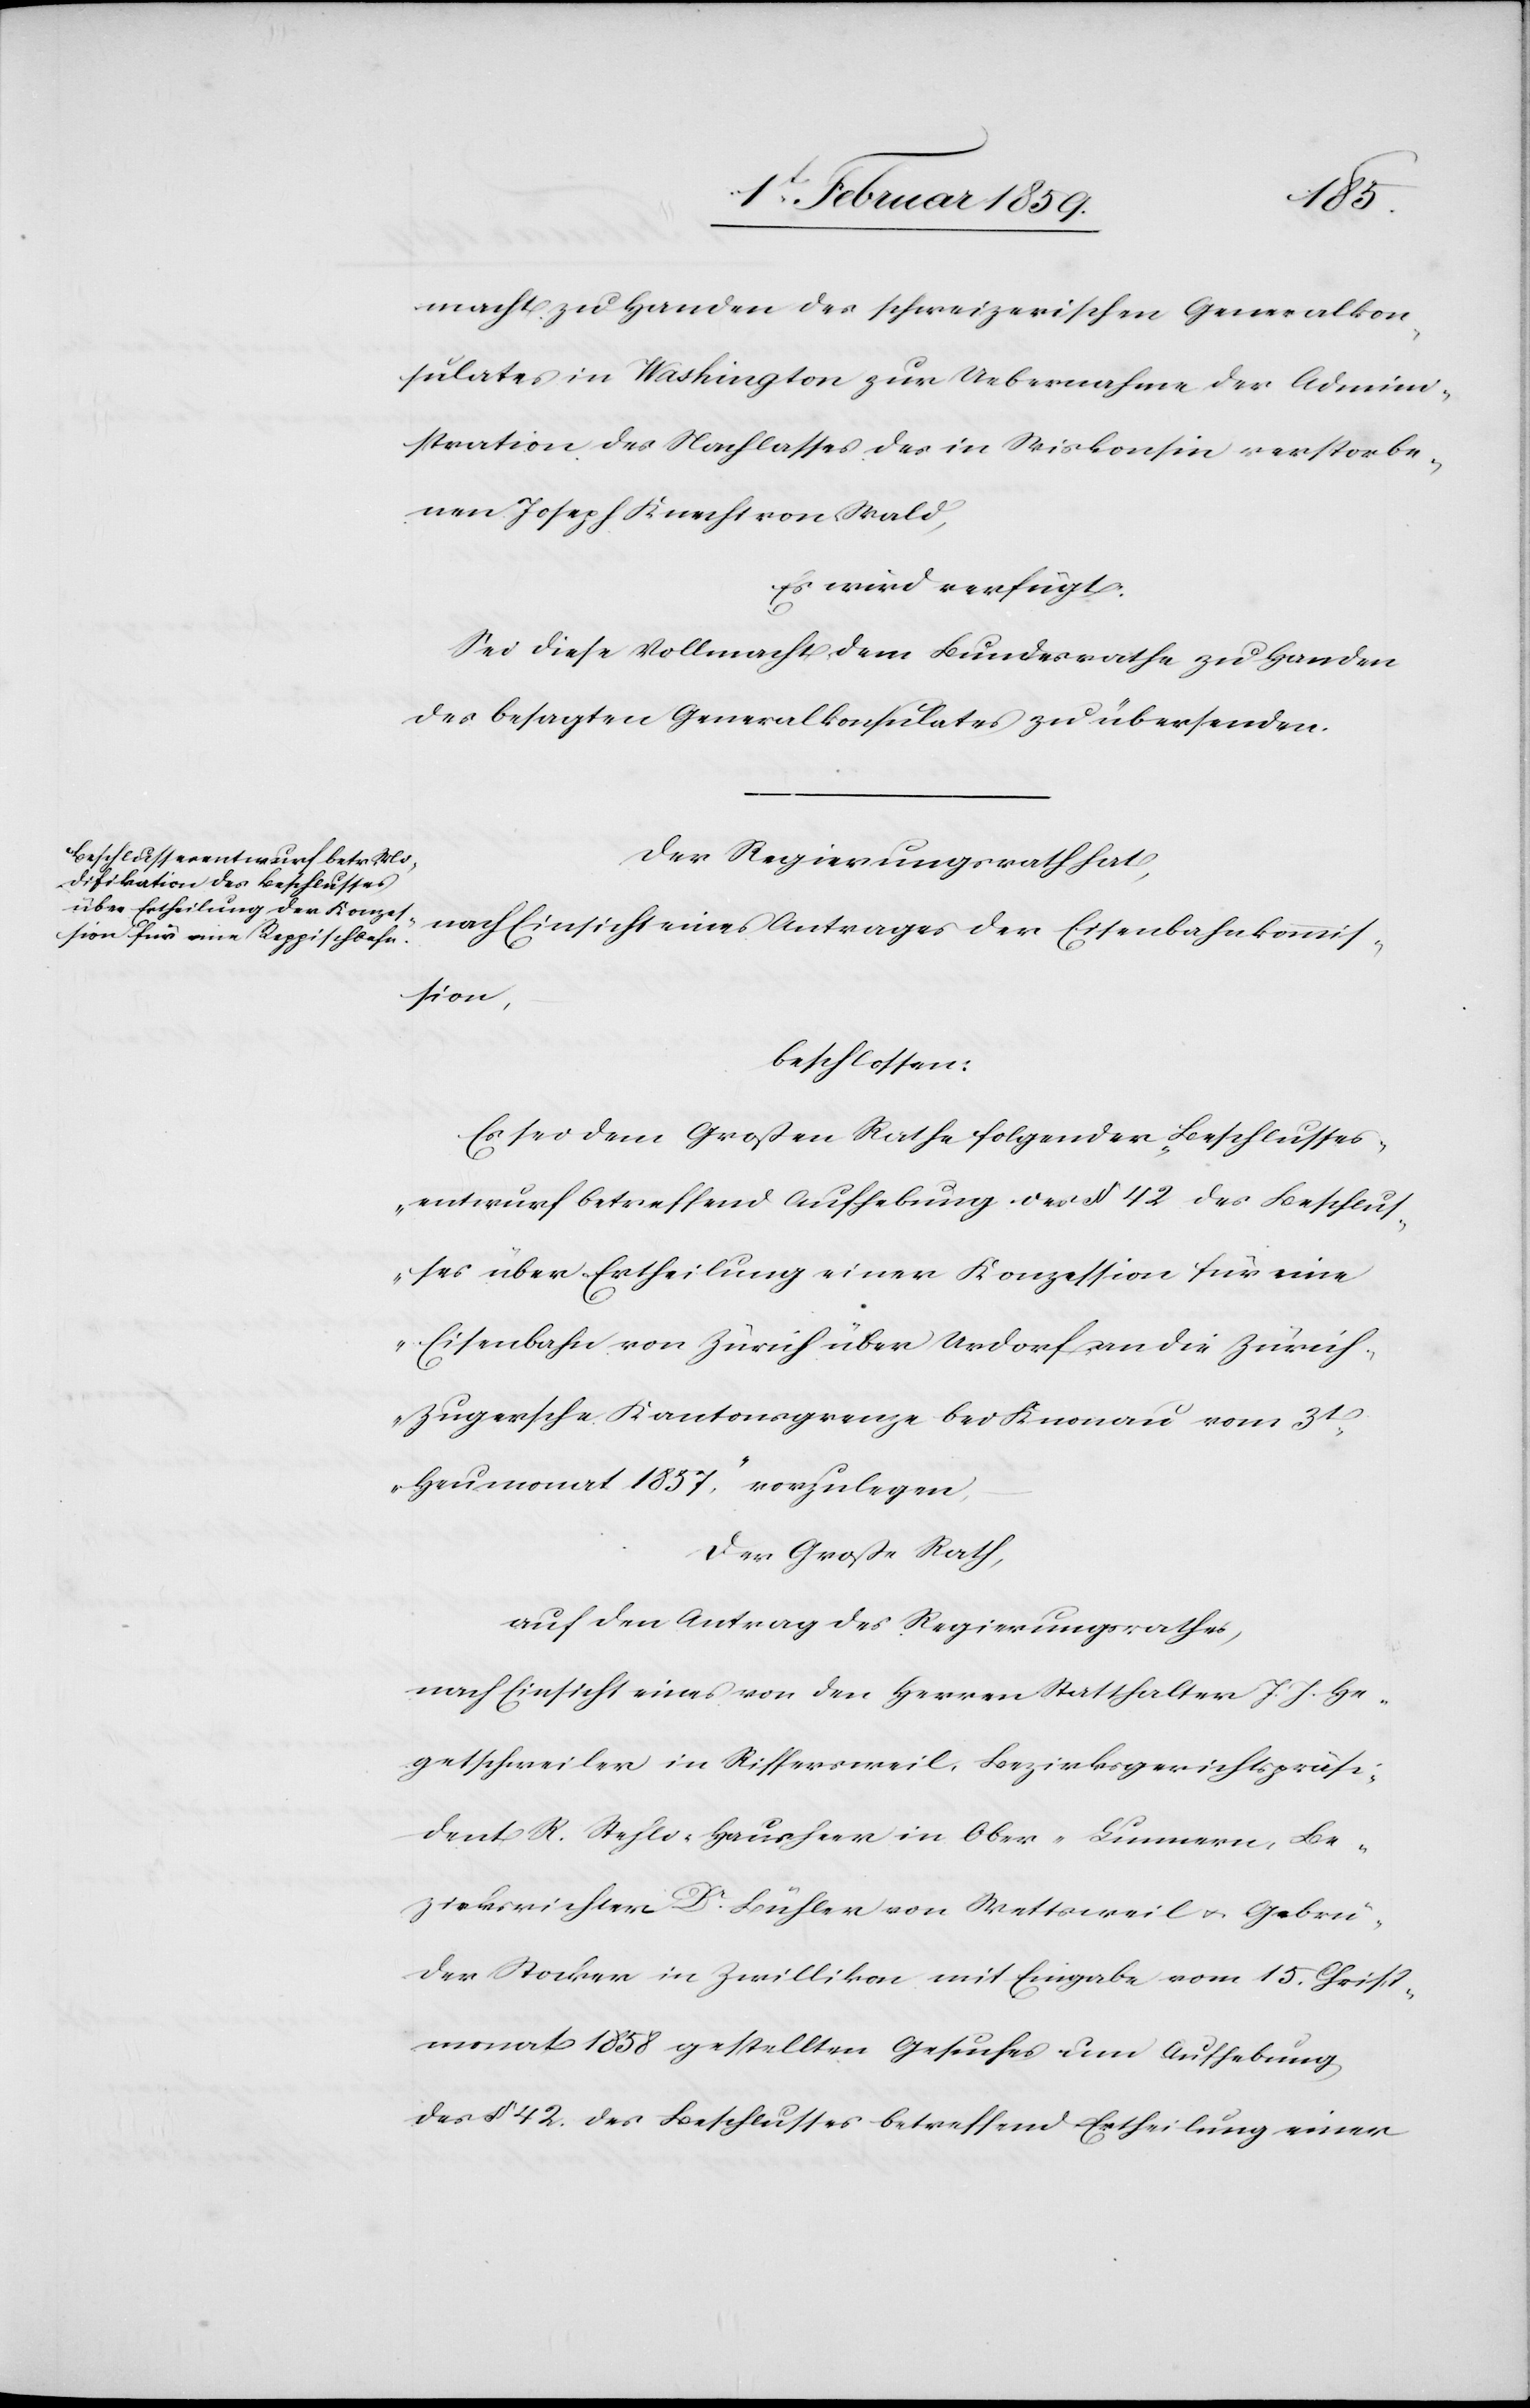
macht zu Handen des schweizerischen Generalkon¬
sulates in Washington zur Uebernahme der Admini¬
stration des Nachlasses des in Wiskonsin verstorbe¬
nen Joseph Knecht von Wald,
Es wird verfügt:
Sei diese Vollmacht dem Bundesrathe zu Handen
des besagten Generalkonsulates zu übersenden.
Der Regierungsrath hat,
nach Einsicht eines Antrages der Eisenbahnkommis¬
sion,
beschlossen:
Es sei dem Großen Rathe folgender „Beschlusses¬
entwurf betreffend Aufhebung des § 42. des Beschlus¬
ses über Ertheilung einer Konzession für eine
Eisenbahn von Zürich über Urdorf an die Züric¬
h-Zugersche Kantonsgrenze bei Knonau vom 3t.
Heumonat 1857,“ vorzulegen,
Der Große Rath,
auf den Antrag des Regierungsrathes,
nach Einsicht eines von den Herren Statthalter J. J. He¬
getschweiler in Riffersweil, Bezirksgerichtspräsi¬
dent R. Stehli, Hausheer in Ober-Lunnern, Be¬
zirksrichter Dr. Bühler von Wettsweil u. Gebrü¬
der Stocker in Zwillikon mit Eingabe vom 15 Christ¬
monat 1858 gestellten Gesuches um Aufhebung
des § 42. des Beschlusses betreffend Ertheilung einer